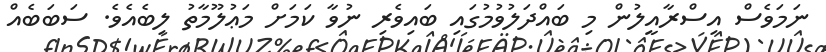
ނަމަވެސް އިސްރާއީލުން މި ބައްދަލުވުމުގައި ބައިވެރި ނުވާ ކަމަށް މަޢުލޫމާތު ލިބެއެވެ. ސަބަބެއް